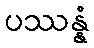
ပဿန္နံ